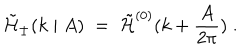
{ \tilde { \cal H } } _ { \pm } ( k \mid A ) \; = \; { \tilde { \cal H } } ^ { ( 0 ) } ( k + \frac { A } { 2 \pi } ) \; .